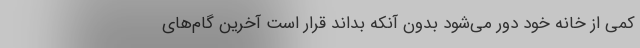
کمی از خانه خود دور می‌شود بدون آنکه بداند قرار است آخرین گام‌های